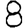
Digit: 8